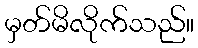
မှတ်မိလိုက်သည်။